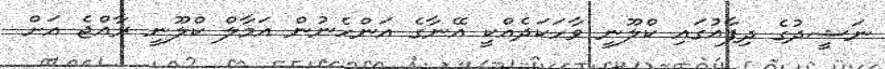
ނަޝީދުގެ ދިފާއުގައި ކްލޫނީ ވާހަކަދެއްކީ އޭނާގެ އަންހެނުން އަމާލް ކްލޫނީ ރާއްޖެ އަށް